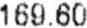
169.60